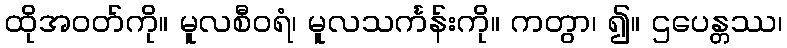
ထိုအဝတ်ကို။ မူလစီဝရံ၊ မူလသင်္ကန်းကို။ ကတွာ၊ ၍။ ဌပေန္တဿ၊